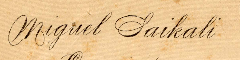
Miguel Saikali